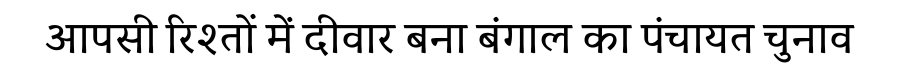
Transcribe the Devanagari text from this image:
आपसी रिश्तों में दीवार बना बंगाल का पंचायत चुनाव